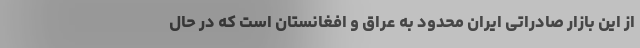
از این بازار صادراتی ایران محدود به عراق و افغانستان است که در حال